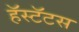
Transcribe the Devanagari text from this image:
हॅस्टॅटस